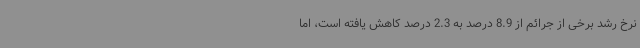
نرخ رشد برخی از جرائم از 8.9 درصد به 2.3 درصد کاهش یافته است، اما